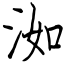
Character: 洳